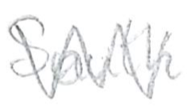
Text: South
Cross-out: zig-zag
Writing tool: pencil